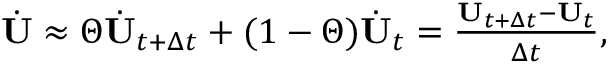
\begin{array} { r } { \dot { \mathbf U } \approx \Theta \dot { \mathbf U } _ { t + \Delta t } + ( 1 - \Theta ) \dot { \mathbf U } _ { t } = \frac { { \mathbf U } _ { t + \Delta t } - \mathbf U _ { t } } { \Delta t } , } \end{array}